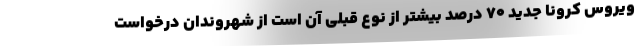
ویروس کرونا جدید ۷۰ درصد بیشتر از نوع قبلی آن است از شهروندان درخواست